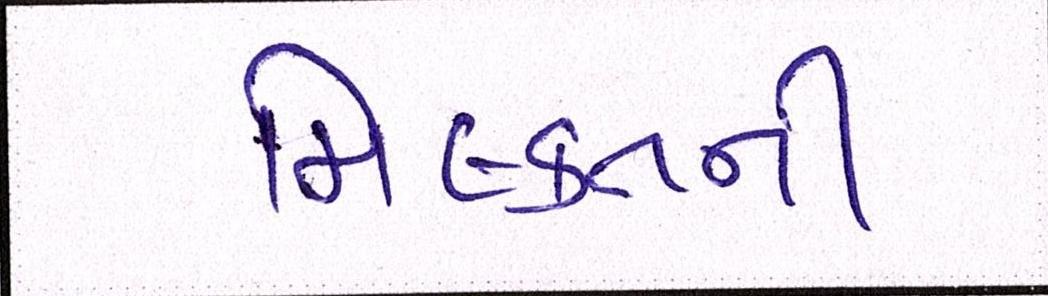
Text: મિલ્કતની